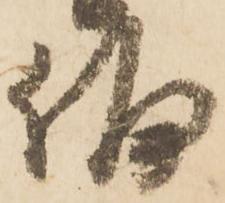
偏